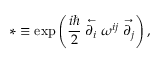
* \equiv \exp \left( \frac { i \hbar } { 2 } \stackrel { \leftarrow } { \partial _ { i } } \omega ^ { i j } \stackrel { \rightarrow } { \partial _ { j } } \right) ,